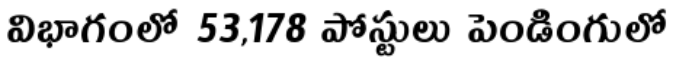
విభాగంలో 53,178 పోస్టులు పెండింగులో